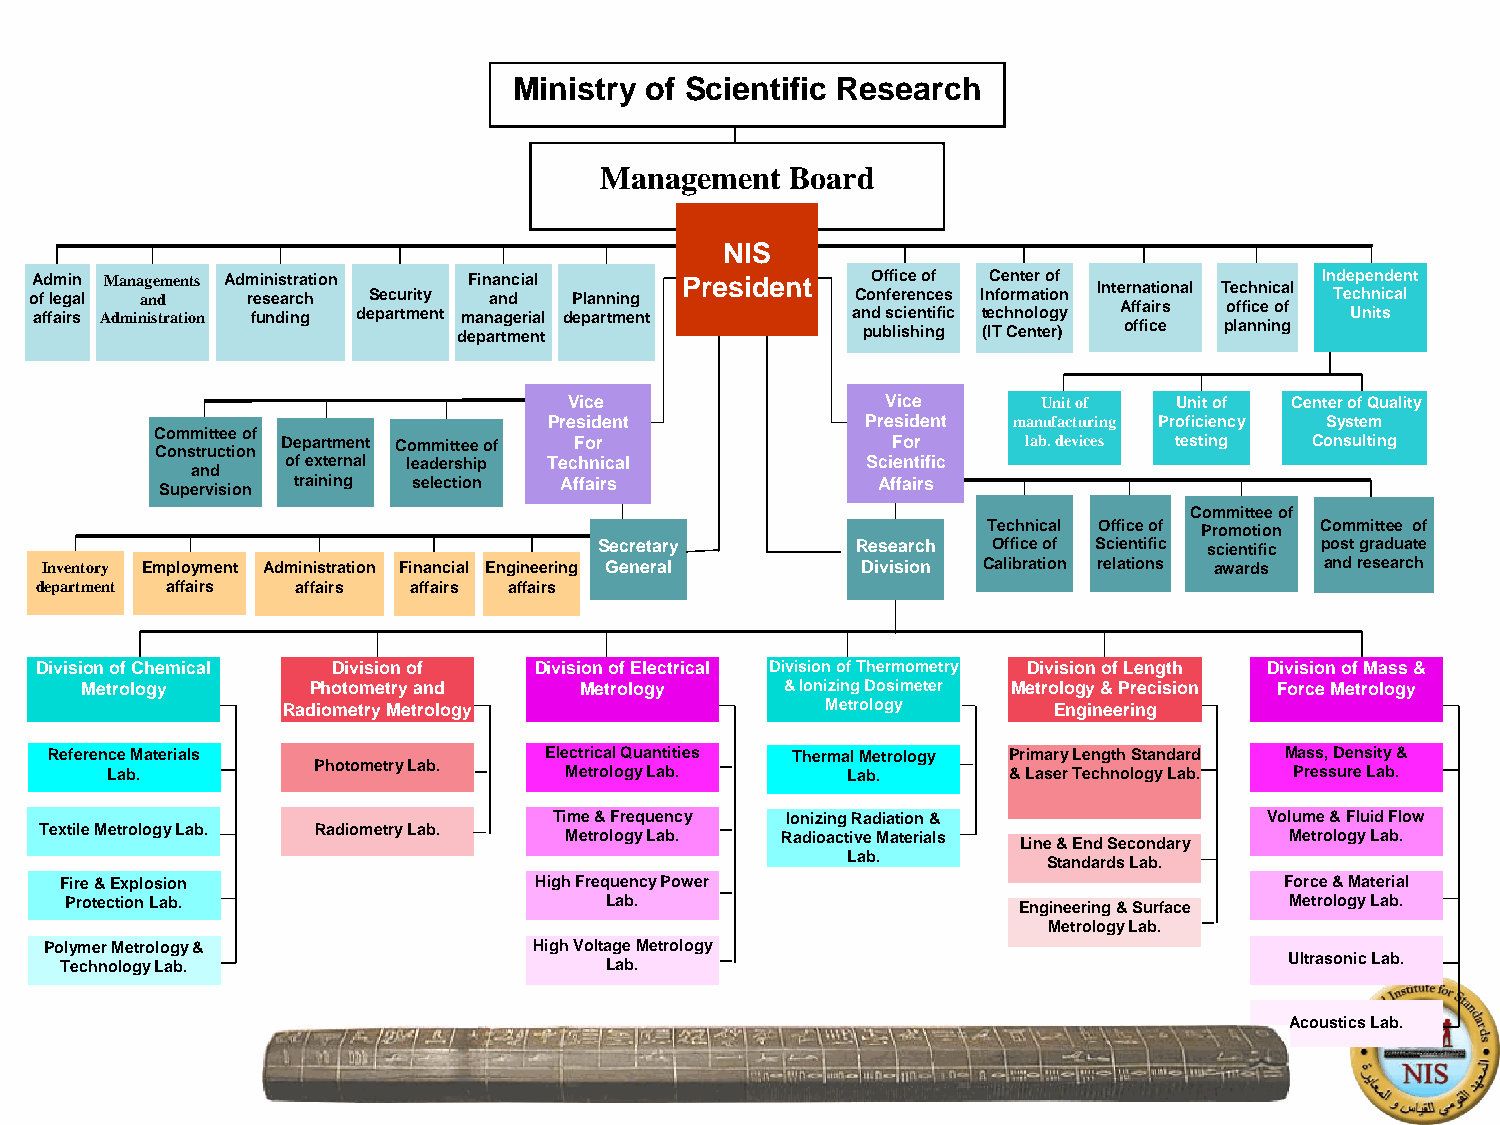
Ministry of Scientific Research
 Management  Board
 NIS
 oA fd lem gi an l Ma na ag ne dments Adm rei sn eis at rr ca hti on Sec urity Fin aa nn dc ial Plan ning P resi dent CoO nf ff eic ree n o cf e s InC foen rmte ar t o iof n Interna tional Tech nical In Td ee cp he nn id ce an l t
 Affairs office of
 affairs Administration funding department managerial department and scientific technology Units
 office planning
 department                 publishing (IT Center)
 Vice                 Vice      Unit of  Unit of Center of Q uality
 President            President manufacturing Proficiency System
 Committee of
 Depar tment Comm ittee of For           For      lab. devices testing Consult ing
 Construction
 of external leadership Technical      Scientific
 and
 training selection Affairs             Affairs
 Supervision
 Committee of
 Technical Office of Promotion Comm ittee of
 Se cretary       Research Office of Scientific scientific post g raduate
 Inventory Employment Administration Financial Engineering G eneral Division Calibration relations awards and research
 department affairs affairs affairs affairs
 Division of Chemical Division of Division of Electrical Division of Thermometry Division of Length Division of Mass &
 Metrology      Photometry and    Metrology     & Ionizing Dosimeter Metrology & Precision Force Metrology
 Radiometry Metrology                Metrology      Engineering
 Reference Materials              Electrical Quantities Thermal Metrology Primary Length Standard Mass, Dens ity &
 Lab.          Photometry Lab. Metrology Lab.     Lab.       & Laser Technology Lab. Pressure L ab.
 Time & Frequency Ionizing Radiation &          Volume & Fluid Flow
 Textile Metrology Lab. Radiometry Lab. Metrology Lab. Radioactive Materials       Metrology Lab.
 Line & End Secondary
 Lab.
 Standards Lab.
 Fire & Explosion               High Frequency Power                              Force & Ma terial
 Protection Lab.                     Lab.                       Engineering & Surface Metrology Lab.
 Metrology Lab.
 Polymer Metrology &             High Voltage Metrology
 Technology Lab.                     Lab.                                         Ultrasonic Lab.
 Acoustics Lab.